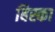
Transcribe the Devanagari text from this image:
बिस्का